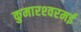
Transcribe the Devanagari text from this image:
कुमारश्‍वरमई